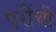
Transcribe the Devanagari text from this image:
परींची